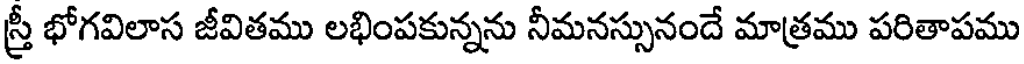
స్త్రీ భోగవిలాస జీవితము లభింపకున్నను నీమనస్సునందే మాత్రము పరితాపము